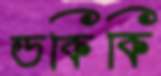
ডকিকি